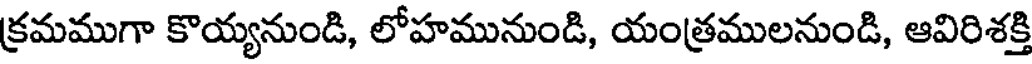
క్రమముగా కొయ్యనుండి, లోహమునుండి, యంత్రములనుండి, ఆవిరిశక్తి